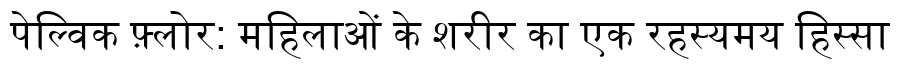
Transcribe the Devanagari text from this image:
पेल्विक फ़्लोर: महिलाओं के शरीर का एक रहस्यमय हिस्सा